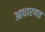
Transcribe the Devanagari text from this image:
आधारणत